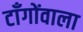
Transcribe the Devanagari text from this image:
टाँगोंवाला